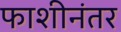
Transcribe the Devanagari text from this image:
फाशीनंतर